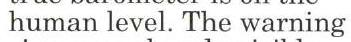
 human level. The warning